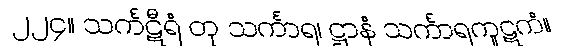
၂၂၄။ သင်္ကဋီရံ တု သင်္ကာရ၊ ဋ္ဌာနံ သင်္ကာရကူဋကံ။